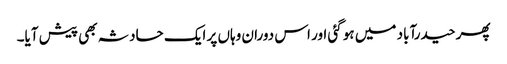
پھر حیدرآباد میں ہو گئی اور اس دوران وہاں پر ایک حادثہ بھی پیش آیا۔